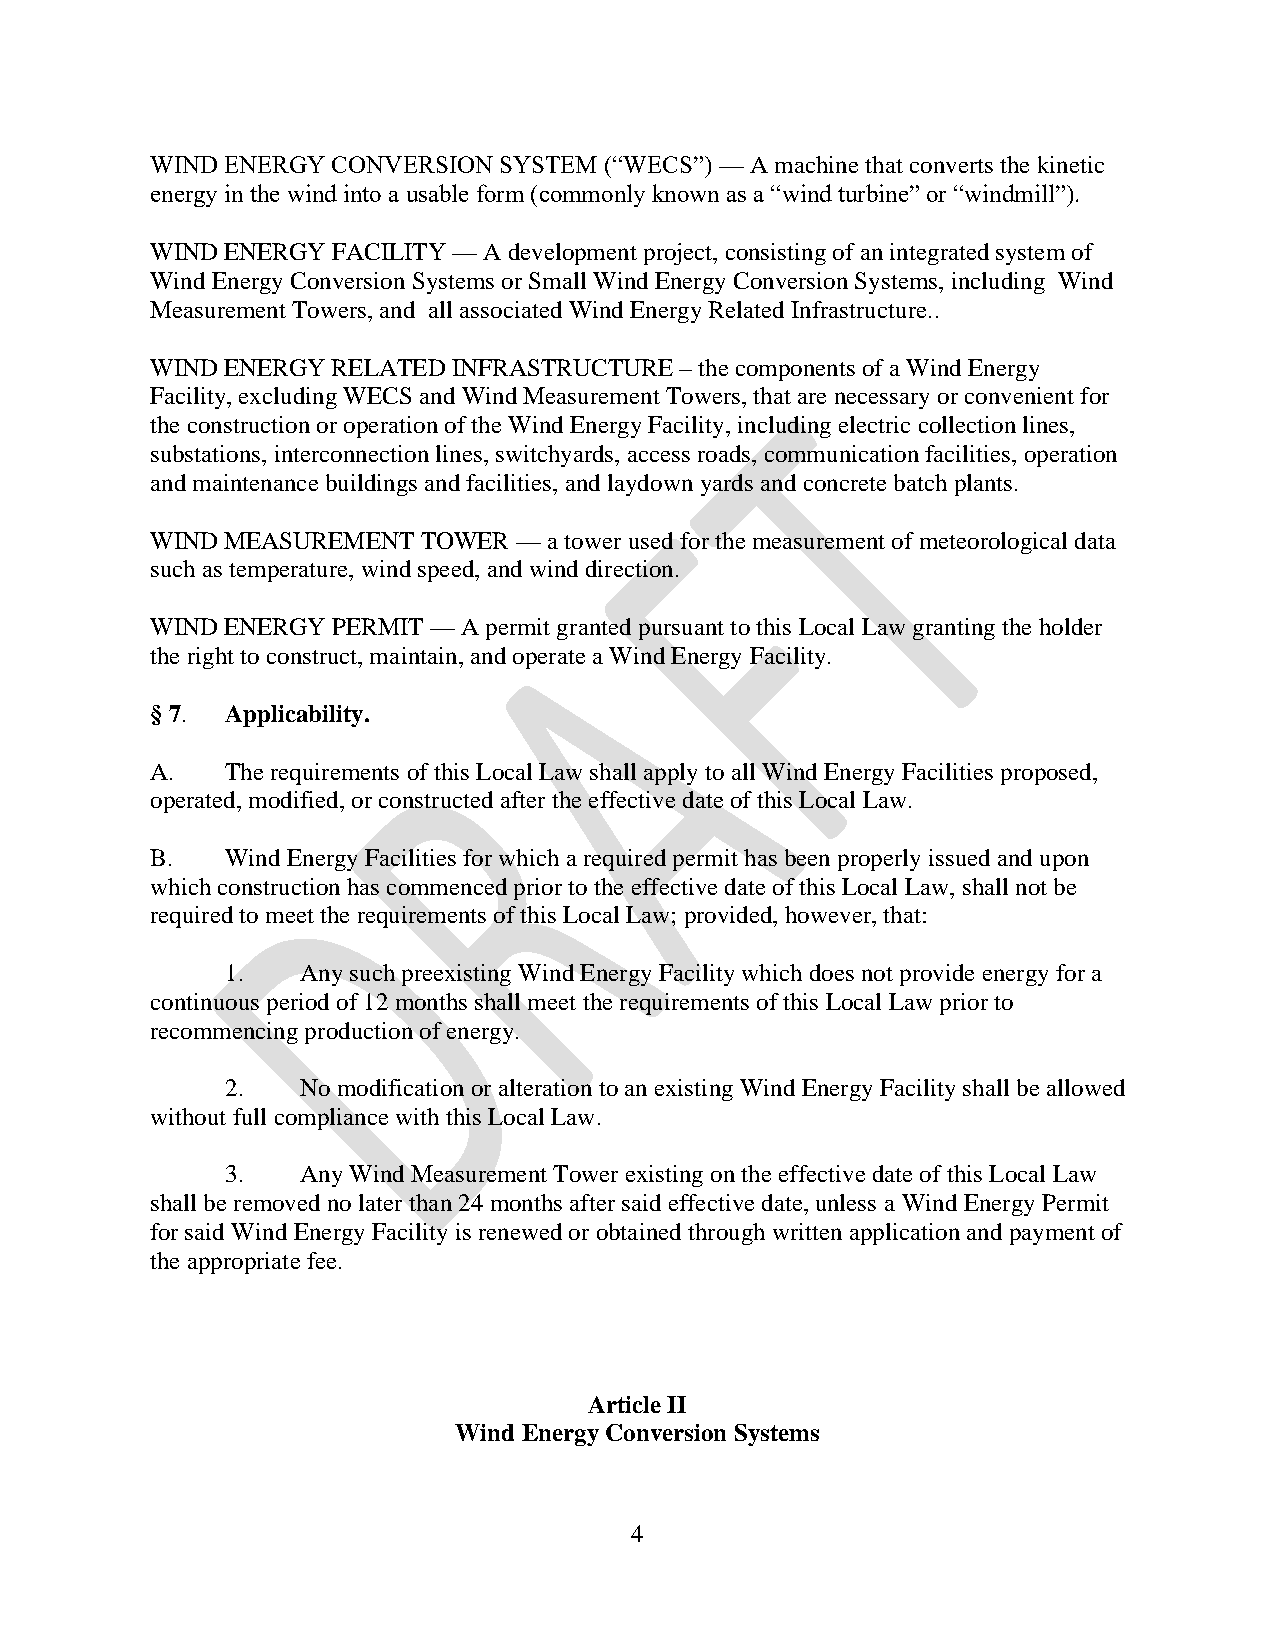
WIND ENERGY CONVERSION SYSTEM (“WECS”) — A machine that converts the kinetic
 energy in the wind into a usable form (commonly known as a “wind turbine” or “windmill”).
 WIND ENERGY FACILITY — A development project, consisting of an integrated system of
 Wind Energy Conversion Systems or Small Wind Energy Conversion Systems, including Wind
 Measurement Towers, and all associated Wind Energy Related Infrastructure..
 WIND ENERGY RELATED INFRASTRUCTURE – the components of a Wind Energy
 Facility, excluding WECS and Wind Measurement Towers, that are necessary or convenient for
 the construction or operation of the Wind Energy Facility, including electric collection lines,
 substations, interconnection lines, switchyards, access roads, communication facilities, operation
 and maintenance buildings and facilities, and laydown yards and concrete batch plants.
 WIND MEASUREMENT  TOWER — a tower used for the measurement of meteorological data
 such as temperature, wind speed, and wind direction.
 WIND ENERGY PERMIT — A permit granted pursuant to this Local Law granting the holder
 the right to construct, maintain, and operate a Wind Energy Facility.
 § 7. Applicability.
 A.   The requirements of this Local Law shall apply to all Wind Energy Facilities proposed,
 operated, modified, or constructed after the effective date of this Local Law.
 B.   Wind Energy Facilities for which a required permit has been properly issued and upon
 which construction has commenced prior to the effective date of this Local Law, shall not be
 required to meet the requirements of this Local Law; provided, however, that:
 1.   Any such preexisting Wind Energy Facility which does not provide energy for a
 continuous period of 12 months shall meet the requirements of this Local Law prior to
 recommencing production of energy.
 2.   No modification or alteration to an existing Wind Energy Facility shall be allowed
 without full compliance with this Local Law.
 3.   Any Wind Measurement Tower existing on the effective date of this Local Law
 shall be removed no later than 24 months after said effective date, unless a Wind Energy Permit
 for said Wind Energy Facility is renewed or obtained through written application and payment of
 the appropriate fee.
 Article II
 Wind Energy Conversion Systems
 4